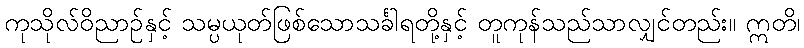
ကုသိုလ်ဝိညာဉ်နှင့် သမ္ပယုတ်ဖြစ်သောသင်္ခါရတို့နှင့် တူကုန်သည်သာလျှင်တည်း။ ဣတိ၊